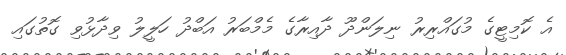
އެ ކޮމިޓީގެ މުގައްރިރު ނިލަންދޫ ދާއިރާގެ މެމްބަރު އަބްދު ހަލީލު ވިދާޅުވި ގޮތުގައި